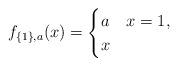
LaTeX: \begin{align*}f_{\{1\},a}(x)=\begin{cases}a & x=1,\\x & \end{cases}\end{align*}